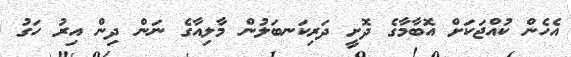
އެހެން ކުއްޖަަކަށް އޮބާމާގެ ދޮށީ ދަރިކަނބަލުން މާލިއާގެ ނަން ދިން އިރު ހަގު